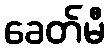
ခေတ်မီ